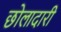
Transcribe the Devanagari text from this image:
छोलादारी